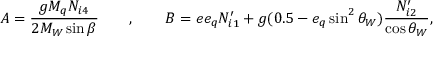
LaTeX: A = \frac { g M _ { q } N _ { i 4 } } { 2 M _ { W } \sin \beta } \qquad , \qquad B = e e _ { q } N _ { i 1 } ^ { \prime } + g ( 0 . 5 - e _ { q } \sin ^ { 2 } \theta _ { W } ) \frac { N _ { i 2 } ^ { \prime } } { \cos \theta _ { W } } ,